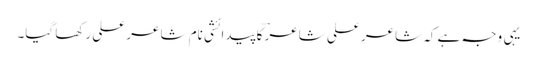
یہی وجہ ہے کہ شاعر علی شاعرؔ کا پیدائشی نام شاعر علی رکھا گیا۔